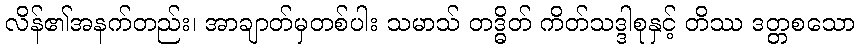
လိန်၏အနက်တည်း၊ အာချာတ်မှတစ်ပါး သမာသ် တဒ္ဓိတ် ကိတ်သဒ္ဒါစုနှင့် တိဿ ဒတ္တစသော